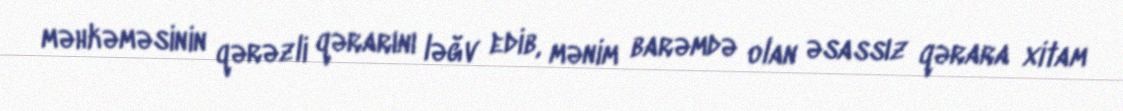
məhkəməsinin qərəzli qərarını ləğv edib, mənim barəmdə olan əsassız qərara xitam